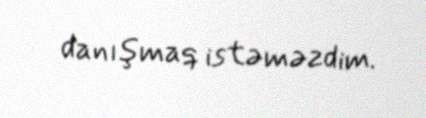
danışmaq istəməzdim.